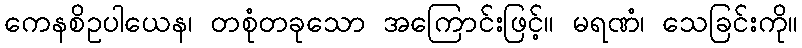
ကေနစိဥပါယေန၊ တစုံတခုသော အကြောင်းဖြင့်။ မရဏံ၊ သေခြင်းကို။